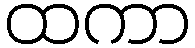
ထကာ